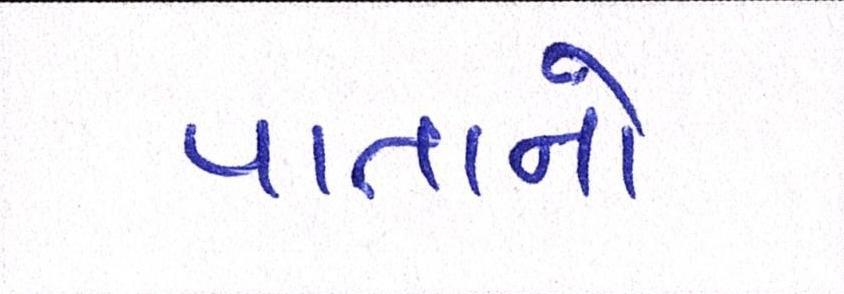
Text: પાતાનો